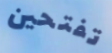
تفتحين